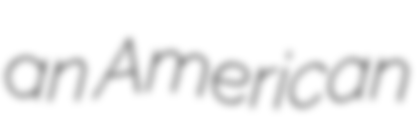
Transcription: an American